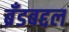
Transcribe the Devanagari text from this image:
ब्रँडबद्दल